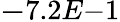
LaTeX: {\mathbf-7.2E{-1}}